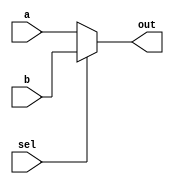
module mux (a,b,sel,out);
    input wire [31:0] a,b;
    input wire sel;

    output wire [31:0] out;

    assign out = (sel)?  b:a;
endmodule